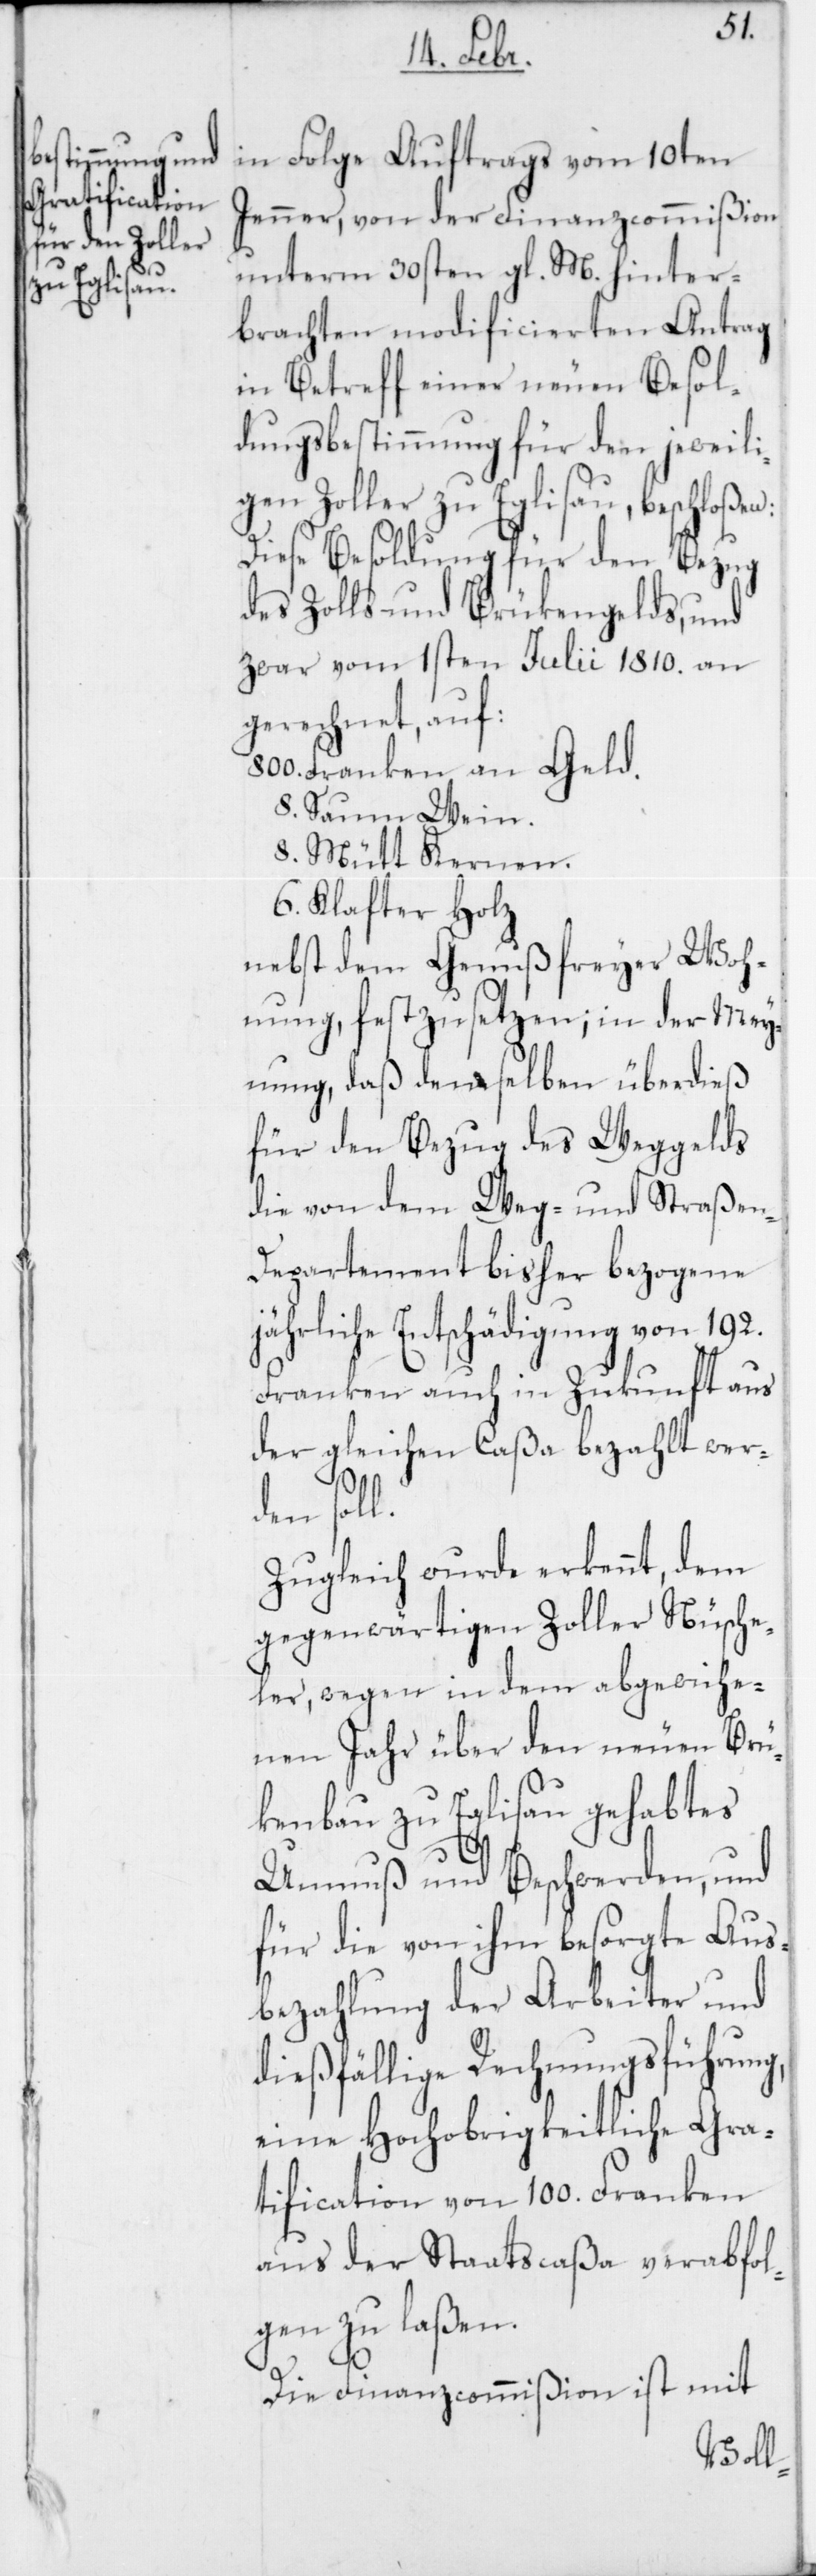
j¬
in Folge Auftrags vom 10ten
Jenner, von der Finanzcommißion
unterm 30sten gl. M. hinter¬
brachten modificierten Antrag
in Betreff einer neuen Besol¬
dungsbestimmung für den jeweili¬
gen Zoller zu Eglisau beschloßen:
Diese Besoldung für den Bezug
des Zolls- und Brükengelds, und
zwar vom 1sten Julii 1810. an
gerechnet, auf:
800. Franken an Geld.
8. Saum Wein.
8. Mütt Kernen.
6. Klafter Holz
nebst dem Genuß freyer Woh¬
nung, festzusetzen; in der Mey¬
nung, daß demselben überdieß
für den Bezug des Weggelds
die von dem Weg- und Straße¬
n-Departement bisher bezogene
ährliche Entschädigung von 192.
Franken auch in Zukunft aus
der gleichen Caßa bezahlt wer¬
den soll.
Zugleich wurde erkennt, dem
gegenwärtigen Zoller Nüsche¬
ler, wegen in dem abgewiche¬
nen Jahr über den neuen Brü¬
kenbau zu Eglisau gehabtes
Unmuß und Beschwerden, und
für die von ihm besorgte Aus¬
bezahlung der Arbeiter und
dießfällige Rechnungsführung,
eine Hochobrigkeitliche Gra¬
tification von 100. Franken
aus der Staatscaßa verabfol¬
gen zu laßen.
Die Finanzcommißion ist mit